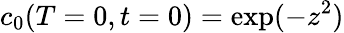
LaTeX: c_{0}(T=0,t=0)=\exp(-z^{2})